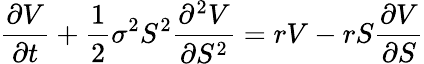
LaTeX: {\frac{\partial V}{\partial t}}+{\frac{1}{2}}\sigma^{2}S^{2}{\frac{\partial^{2}V}{\partial S^{2}}}=rV-rS{\frac{\partial V}{\partial S}}